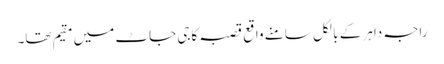
راجہ داہر کے بالکل سامنے واقع قصبہ کاجی جاٹ میں مقیم تھا۔